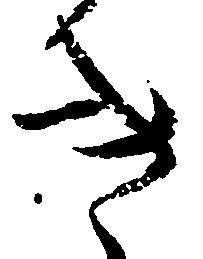
き